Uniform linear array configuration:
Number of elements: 24
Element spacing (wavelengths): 1
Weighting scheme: kaiser
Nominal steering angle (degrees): -15
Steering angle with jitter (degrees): -13.477
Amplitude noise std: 0.05
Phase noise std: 0.05

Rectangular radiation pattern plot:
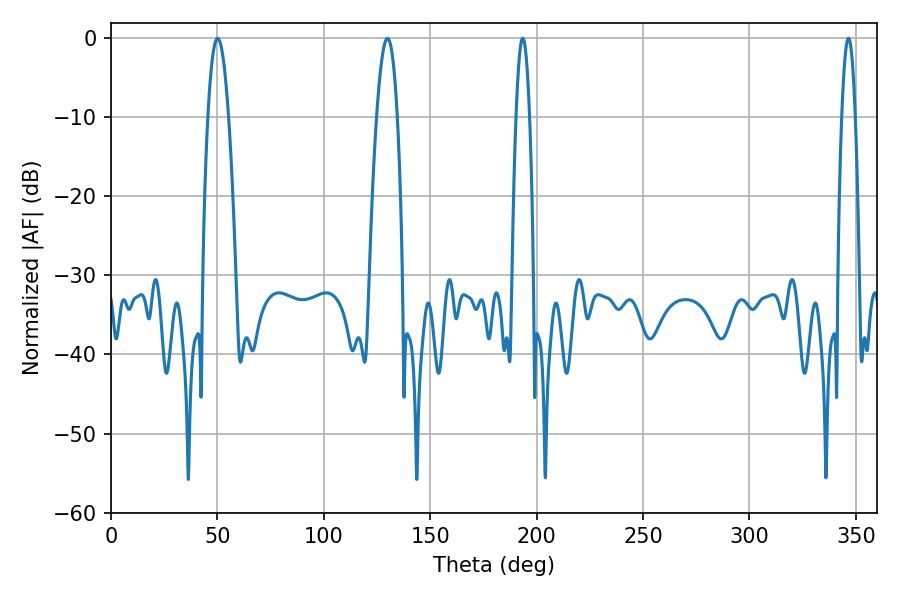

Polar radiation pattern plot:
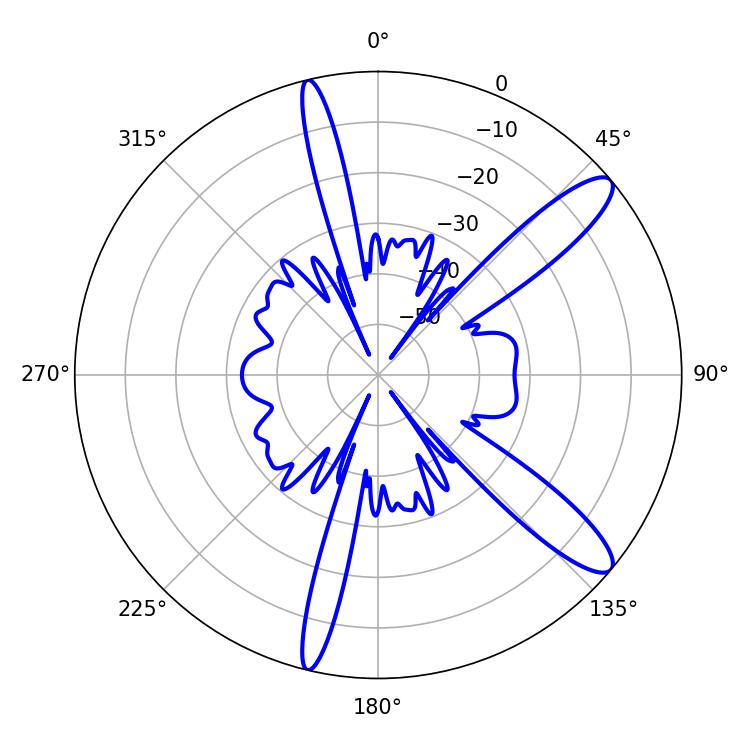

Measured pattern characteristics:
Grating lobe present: TRUE
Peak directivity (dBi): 12.075
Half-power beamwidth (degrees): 3.42
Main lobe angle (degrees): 193.5